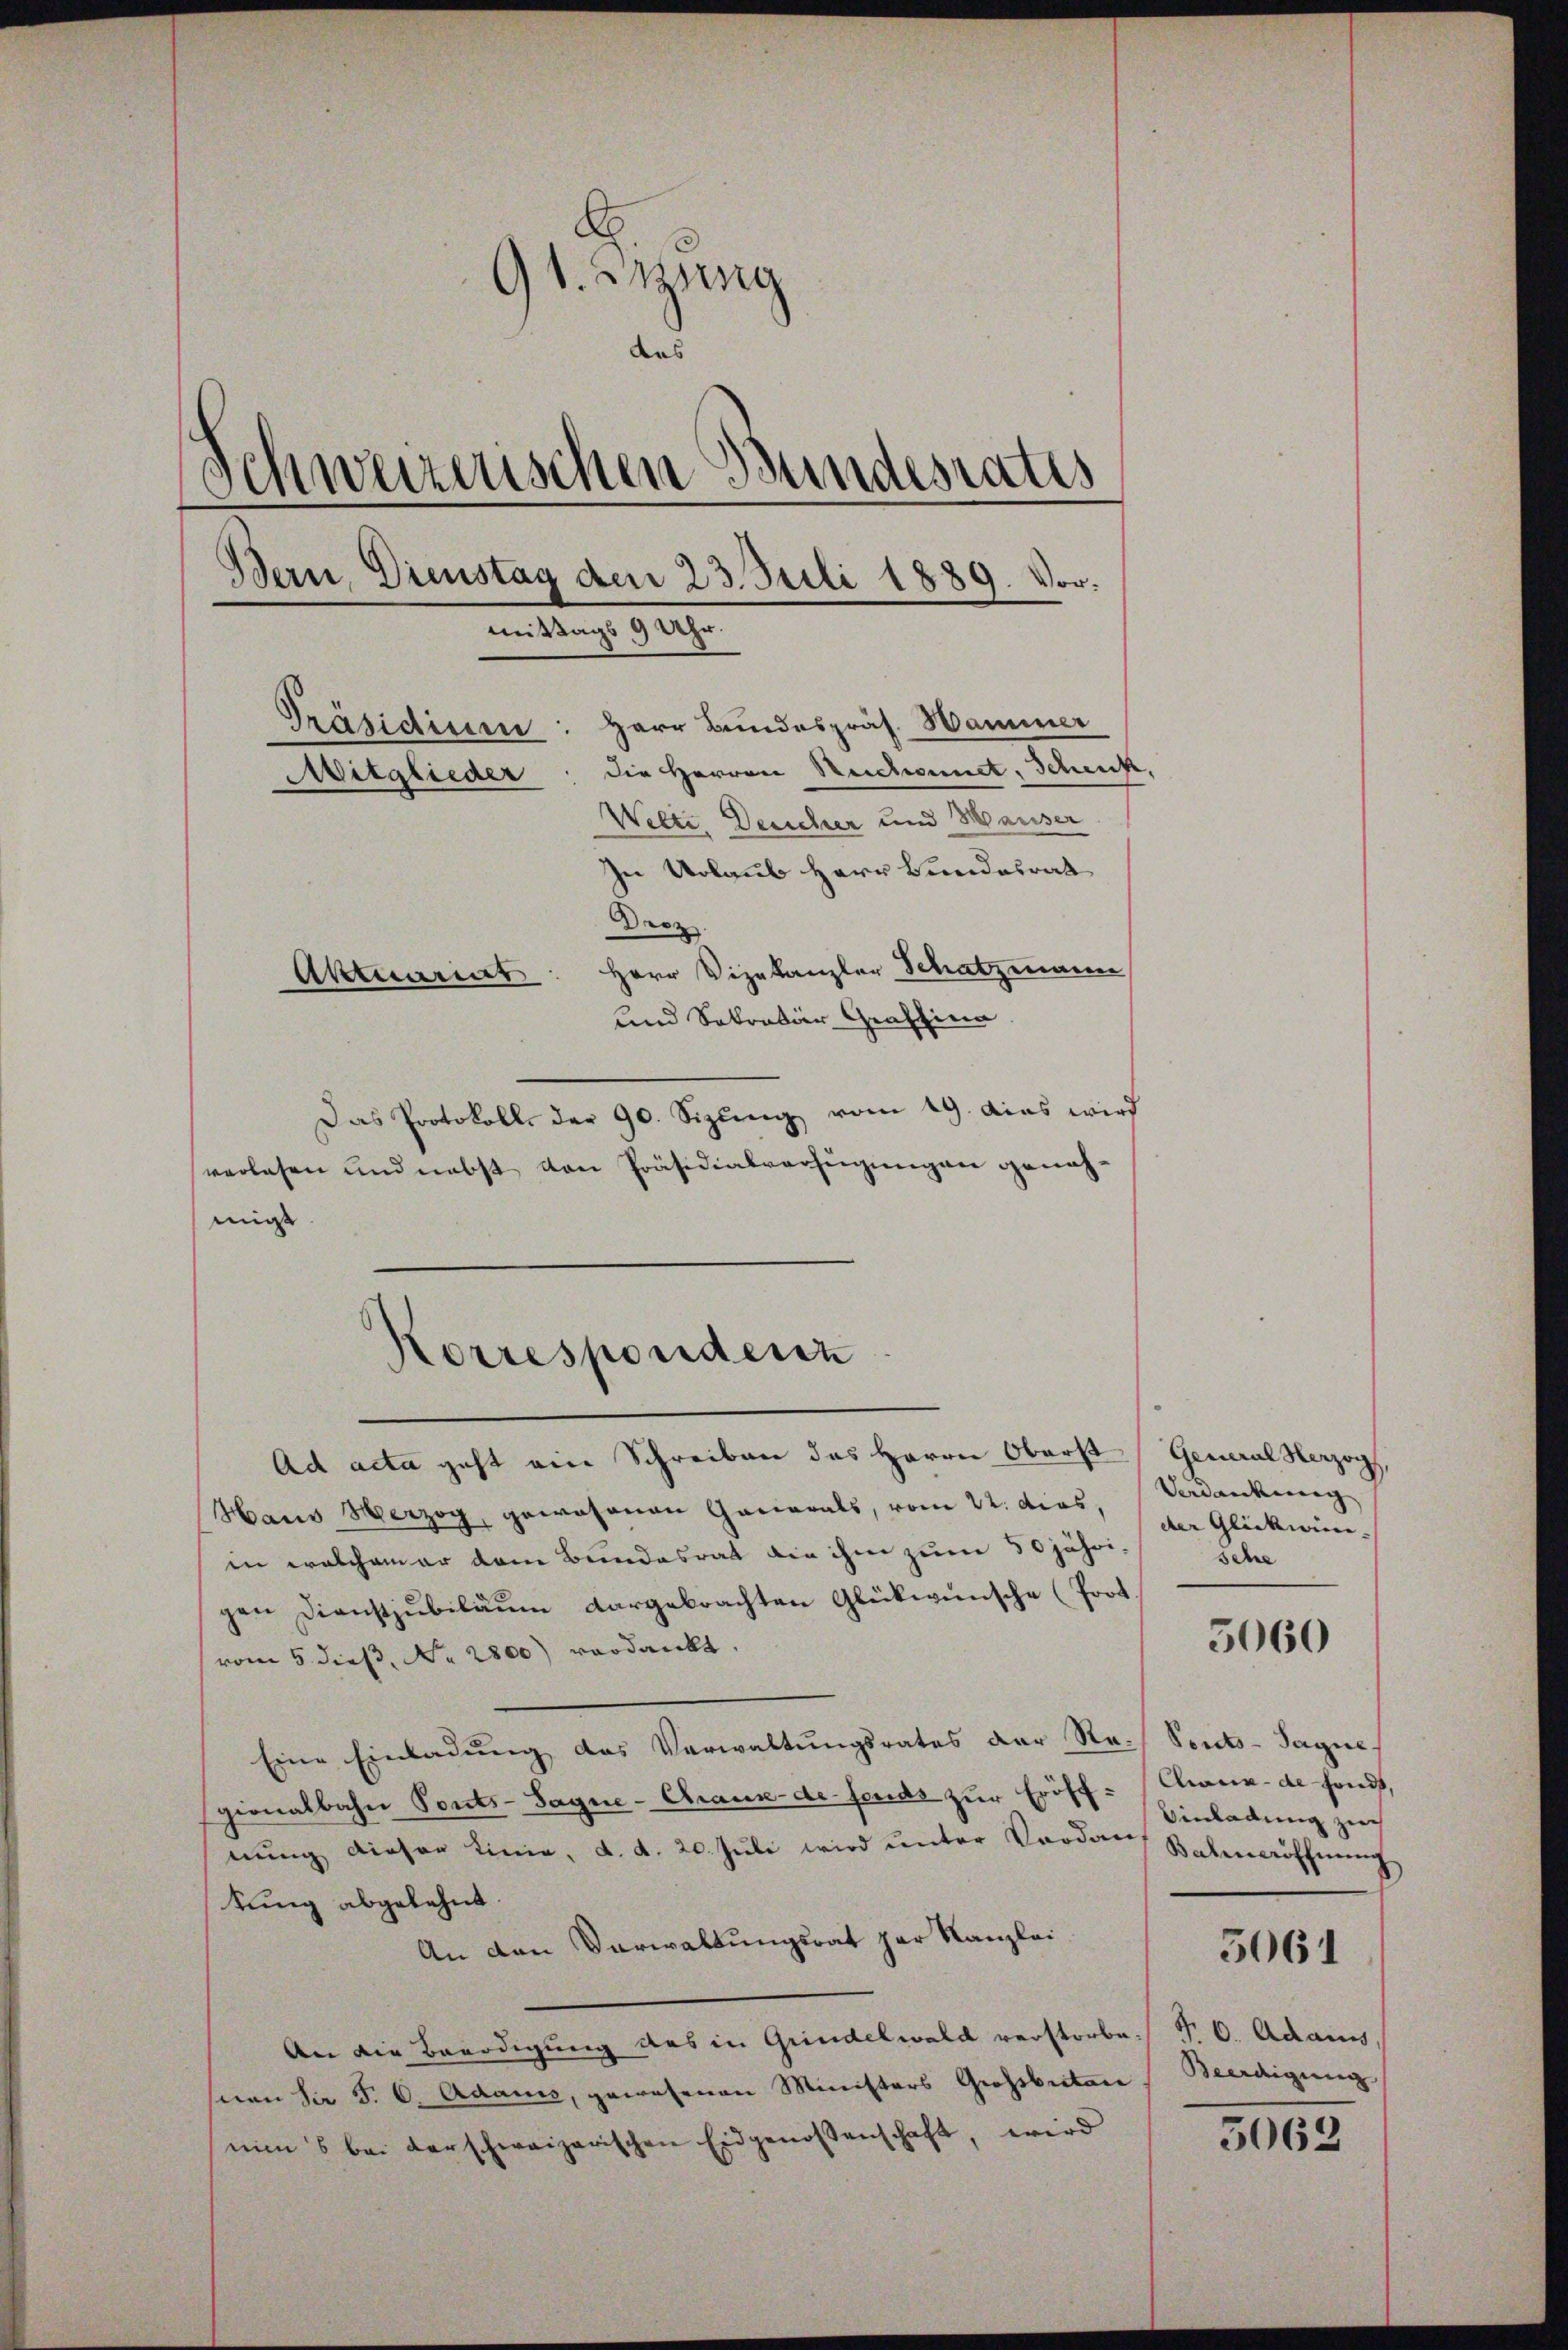
9t. Sitzung
das
Schweizerischen Bundesrates
Bern Dienstag den 23. Juli 1889. Vor.
mittags 9 Uhr.
Präsidium: Herr Bundespräs. Hammer
Mitglieder: die Herren Reichnet, Schenkt,
Welti, Deucher und Hauser
In Urlaub Herr Bundesrat
Droz.
Aktuariat: Herr Vizekanzler Schatzmann
und Sokrator Graffina

Das Protokoll der 90. Sizung vom 19. dies wird
verlesen und nebst von Präsidialverfügungen genohmigt
Ad acta geht ein Schreiben das Herrn Oberst General Herzog,
Haus Herzog, gewesenen Gacarals, vom 22. dies,
in welchem er dem Bundesrat die ihm zum 50jährigen Dienstjubiläum dargebrachten Glückwünsche (Prot
vom 5. dieβ, Nr. 2800) verdankt.
Eine Einladung das Verwaltungsrates der Re- Sonts-Tagne
gionalbahn Ponts-Sagne-Chause de sends zur Eröff- (Chaux-de fonds,
nŭng dieser Linie, d. d. 20. Jŭli wird ŭnter Vordan ebeneröffnŭng
tung abgelehnt.
An den Verwaltungsrat par Kanzlei
An die Benadigung des in Grindelwald verstorbe. P. C. Adams
snen Sir S. 6. Adams, gewesenen Ministers Großbritan
nin's bei derschweizerischen Eidgenossenschaft, wird

Korrespondenz

Verdankung
der Glückwin- |
Sche

5060

Einladung zur
5061
Beerdigung

5062